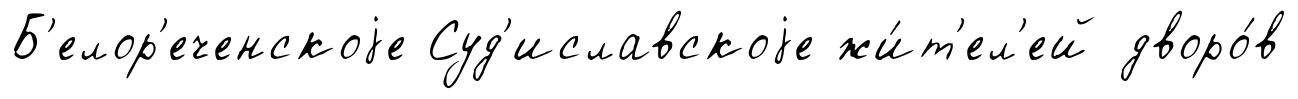
Б'елор'еченскоjе Суд'иславскоjе жи́т'ел'ей дворо́в